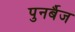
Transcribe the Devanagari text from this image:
पुनर्बैज